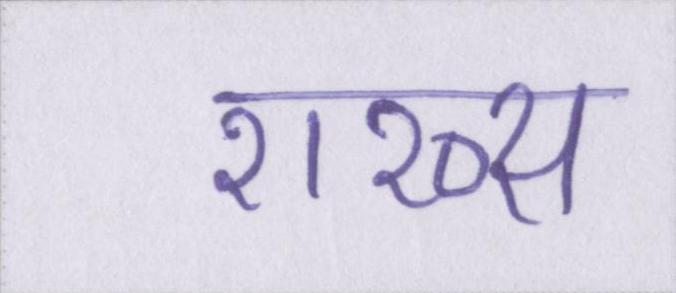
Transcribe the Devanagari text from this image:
शख्स